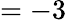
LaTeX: =-3